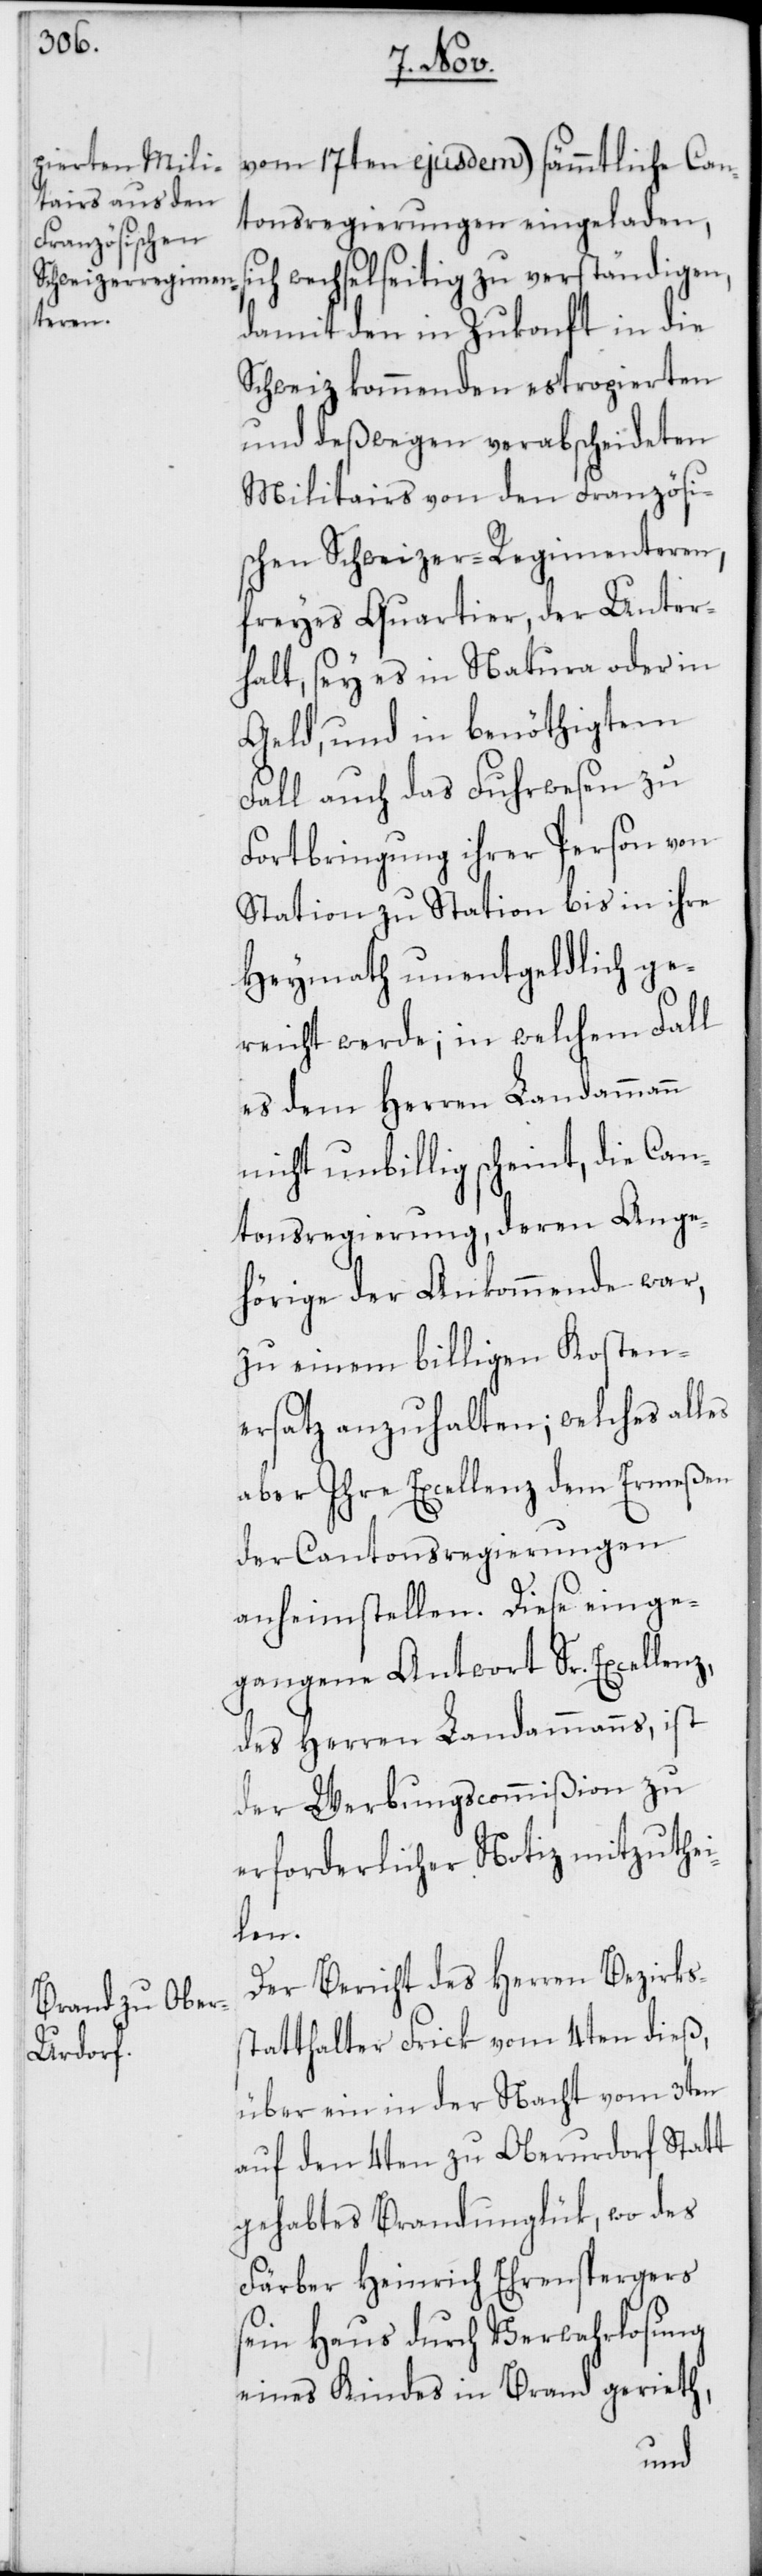
vom 17ten ejusdem) sämmtliche Can¬
tonsregierungen eingeladen,
wechselseitig zu verständigen,
damit den in Zukonft in die
Schweiz kommenden estropierten
und deßwegen verabscheideten
Militairs von den Französi¬
schen Schweizer-Regimenteren,
freyes Quartier, der Unter¬
halt, sey es in Natura oder in
Geld, und in benöthigtem
Fall auch das Fuhrwesen zu
Fortbringung ihrer Person von
Station zu Station bis in ihre
Heymath unentgeldlich ge¬
reicht werde; in welchem Fall
es dem Herren Landammann
nicht unbillig scheint, die Can¬
tonsregierung, deren Ange¬
hörige der Ankommende war,
zu einem billigen Kosten¬
ersatz anzuhalten; welches alles
aber Ihre Excellenz dem Ermeßen
der Cantonsregierungen
anheim stellen. Diese einge¬
gangene Antwort Sr. Excellenz,
des Herren Landammanns, ist
der Werbungscommißion zu
erforderlicher Notiz mitzuthei¬
len.
Der Bericht des Herren Bezirks¬
statthalter Frick vom 4ten dieß,
über ein in der Nacht vom 3ten
auf den 4ten zu Oberurdorf Statt
gehabtes Brandunglük, wo des
Färber Heinrich Ehrenspergers
sein Haus durch Verwahrlosung
eines Kindes in Brand gerieth,